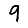
Digit: 9